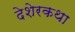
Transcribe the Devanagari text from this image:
देशेरकथा